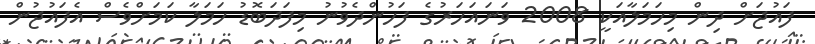
ފައުޖަށް ދިން މިހަމަލާއަކީ 2008 ވަނައަހަރުގެ ފަހުންދެވުނު މިފަދަބޮޑު ހަމަލާ ކަމަށްވެސް އެފައުޖުން